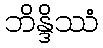
ဘိန္ဒိဿံ